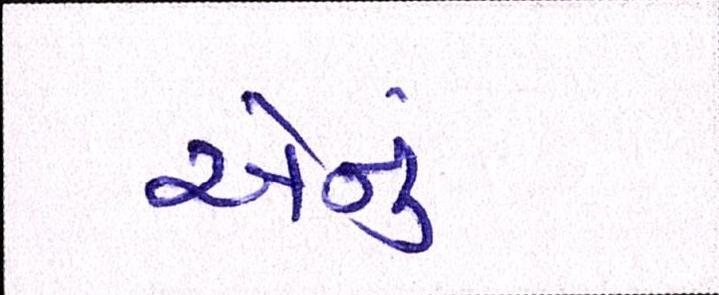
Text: એનું